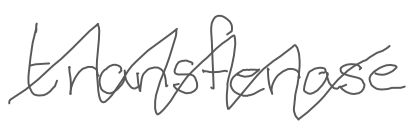
Text: transferase
Cross-out: zig-zag
Writing tool: digital_gray